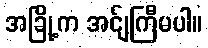
အခြို့က အင်ျကြီမပါ။